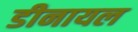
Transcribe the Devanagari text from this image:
डीनायल